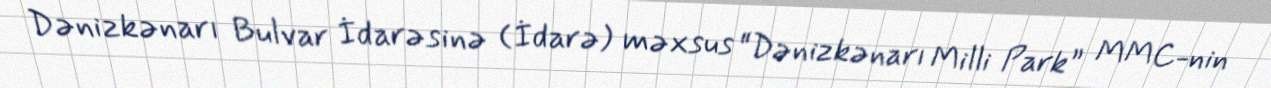
Dənizkənarı Bulvar İdarəsinə (İdarə) məxsus “Dənizkənarı Milli Park” MMC-nin